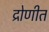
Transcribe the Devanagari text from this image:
द्रोणीत